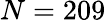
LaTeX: N=209